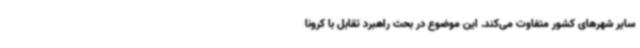
سایر شهرهای کشور متفاوت می‌کند. این موضوع در بحث راهبرد تقابل با کرونا